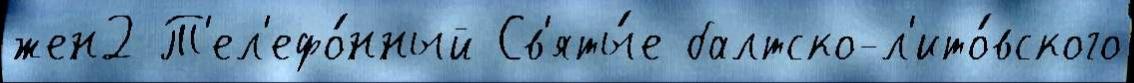
жен2 Т'ел'ефо́нный Св'яты́е балтско-л'ито́вского